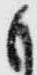
も